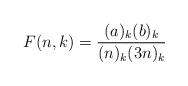
LaTeX: \begin{align*}F(n, k) = \frac{(a)_k (b)_k}{(n)_k (3 n)_k} \end{align*}